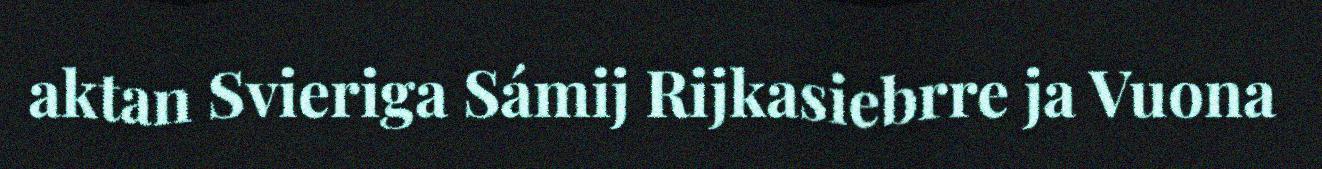
aktan Svieriga Sámij Rijkasiebrre ja Vuona